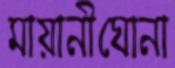
মায়ানীঘোনা